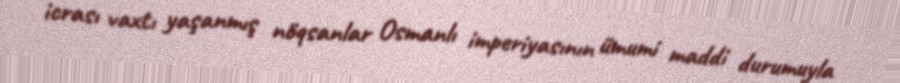
icrası vaxtı yaşanmış nöqsanlar Osmanlı imperiyasının ümumi maddi durumuyla